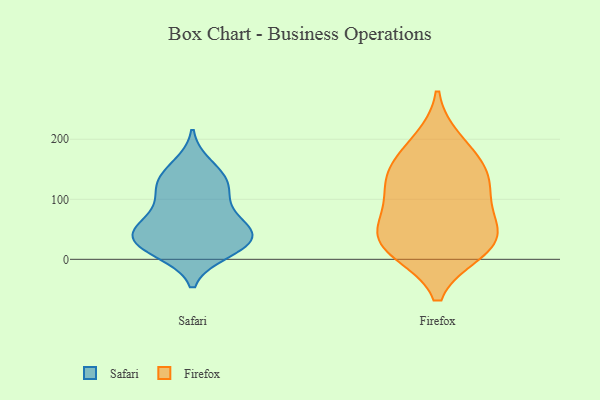
{"axis": {"x": "Backlog", "y": "Value"}, "legend": ["Firefox", "Safari"], "data": [{"x": "", "y": 51, "type": "Safari"}, {"x": "", "y": 29, "type": "Safari"}, {"x": "", "y": 66, "type": "Safari"}, {"x": "", "y": 12, "type": "Safari"}, {"x": "", "y": 131, "type": "Safari"}, {"x": "", "y": 95, "type": "Safari"}, {"x": "", "y": 34, "type": "Safari"}, {"x": "", "y": 111, "type": "Safari"}, {"x": "", "y": 50, "type": "Safari"}, {"x": "", "y": 157, "type": "Safari"}, {"x": "", "y": 120, "type": "Safari"}, {"x": "", "y": 13, "type": "Safari"}, {"x": "", "y": 30, "type": "Safari"}, {"x": "", "y": 140, "type": "Safari"}, {"x": "", "y": 59, "type": "Safari"}, {"x": "", "y": 31, "type": "Safari"}, {"x": "", "y": 15, "type": "Firefox"}, {"x": "", "y": 38, "type": "Firefox"}, {"x": "", "y": 136, "type": "Firefox"}, {"x": "", "y": 167, "type": "Firefox"}, {"x": "", "y": 134, "type": "Firefox"}, {"x": "", "y": 82, "type": "Firefox"}, {"x": "", "y": 196, "type": "Firefox"}, {"x": "", "y": 31, "type": "Firefox"}, {"x": "", "y": 54, "type": "Firefox"}, {"x": "", "y": 17, "type": "Firefox"}, {"x": "", "y": 118, "type": "Firefox"}]}